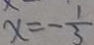
x = - \frac { 1 } { 3 }